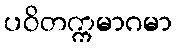
ပဝိတက္ကမာဂမာ